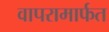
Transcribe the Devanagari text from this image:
वापरामार्फत